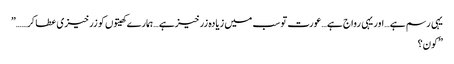
یہی رسم ہے…اور یہی رواج ہے…عورت تو سب میں زیادہ زرخیزہے …ہمارے کھیتوں کو زرخیزی عطا کر……”
”کون؟